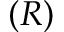
( R )